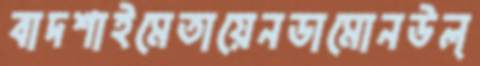
বাদশাইমেতায়েনডামোনউল্